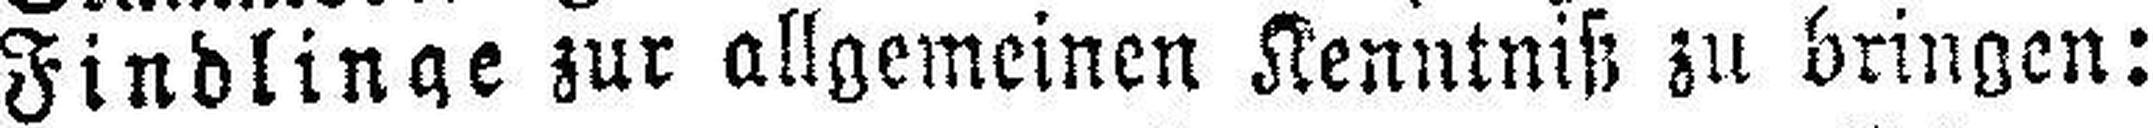
Findlinge zur allgemeinen Kenntniß zu bringen: